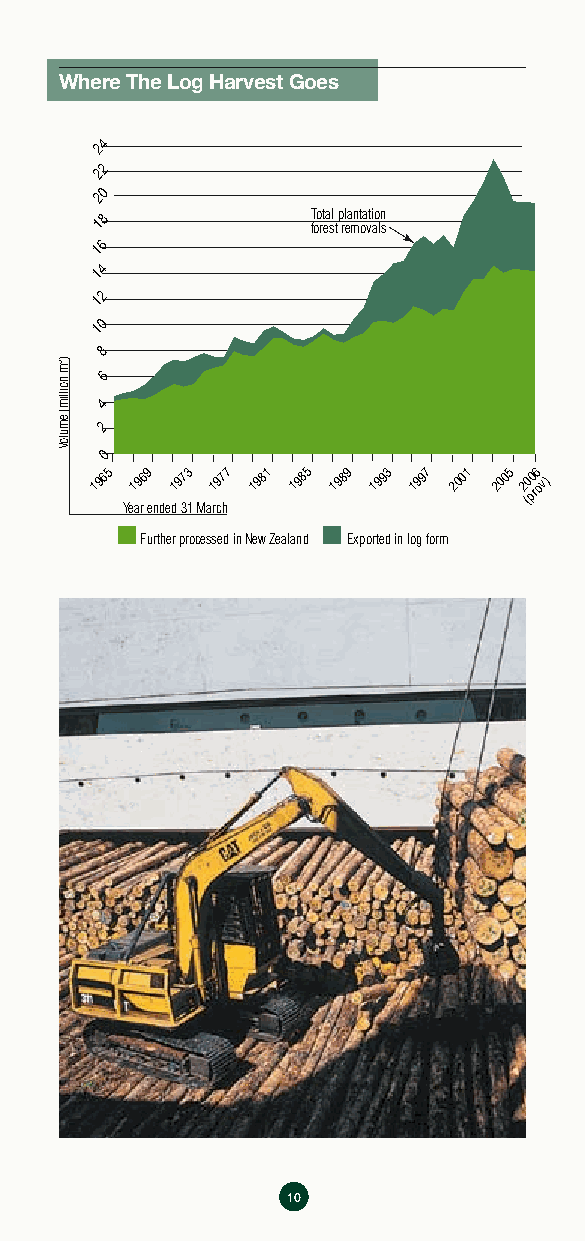
Where The Log Harvest Goes
 24
 22
 20
 18             T foo rt ea sl tp rl ea mnt oa vti ao ln
 s
 16
 14
 12
 10
 8
 6
 4
 2
 0
 1965 1969 1973 1977 1981 1985 1989 1993 1997 2001 2005 2 (0 p0 r6 ov)
 Year ended 31 March
 Further processed in New Zealand Exported in log form
 10
 )3m
 noillim(
 emuloV